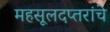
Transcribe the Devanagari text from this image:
महसूलदप्तरांचे